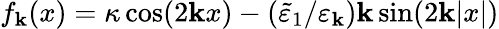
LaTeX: f_{\mathbf{k}}(x)=\kappa\cos(2\mathbf{k}x)-(\tilde{{\varepsilon}}_{1}/\varepsilon_{\mathbf{k}})\mathbf{k}\sin(2\mathbf{k}|x|)